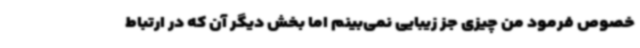
خصوص فرمود من چیزی جز زیبایی نمی‌بینم اما بخش دیگر آن که در ارتباط